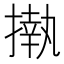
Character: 𢴇